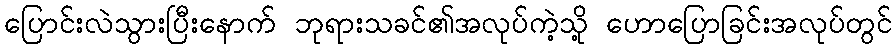
ပြောင်းလဲသွားပြီးနောက် ဘုရားသခင်၏အလုပ်ကဲ့သို့ ဟောပြောခြင်းအလုပ်တွင်